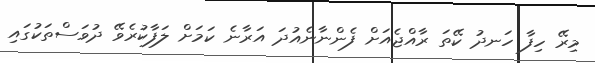
މިރޭ ހިފާ ހަނދު ކޭތަ ރާއްޖެއަށް ފެންނާނެއުދަ އަރާނެ ކަމަށް ލަފާކުރެވޭ ދުވަސްތަކުގައި